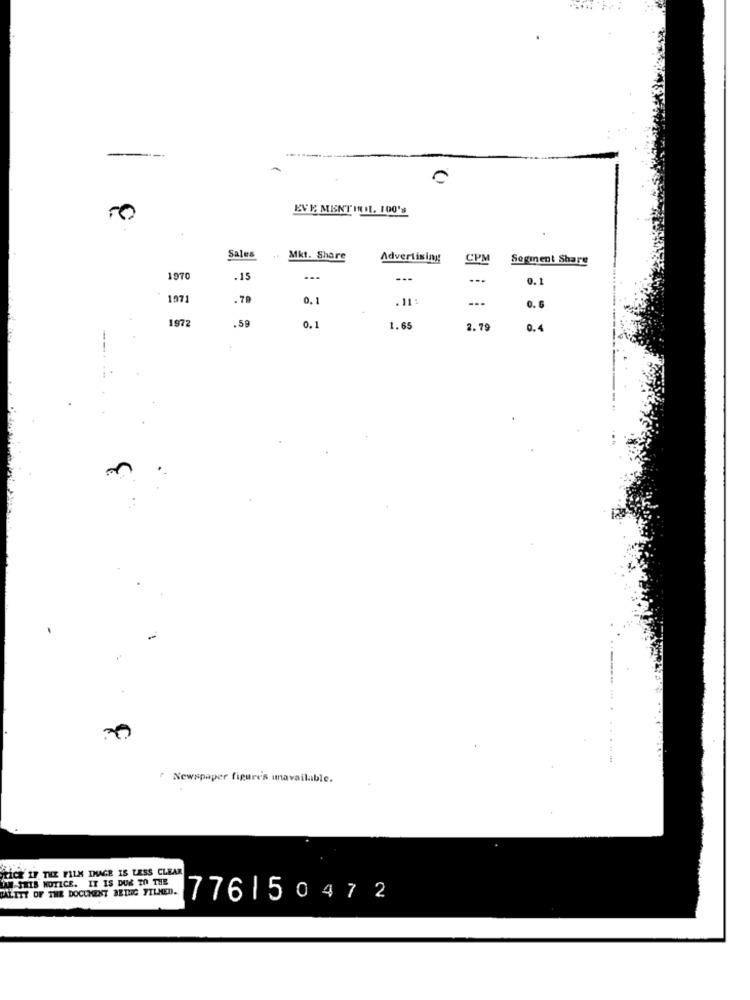
--
0
EVE MENTINI1. 100's
Sales
Mkt. Share
Advertising
CPM
Segment Share
1070
.15
---
---
0.1
197
.79
. 11 :
0. 6
1972
.59
1.65
2.79
0.4
- -
Newspaper figure's unavailable.
ILCE IF THE FILM INAGE IS LESS CLEAR
LAW THIS NOTICE. IT IS DUE TO THE
TALITY OF THE DOCUMENT BETHG FILMED.
7761 50472